King Institute of Preventive Medicine Micro-Biological Section reports 1912-19
Year: 1912
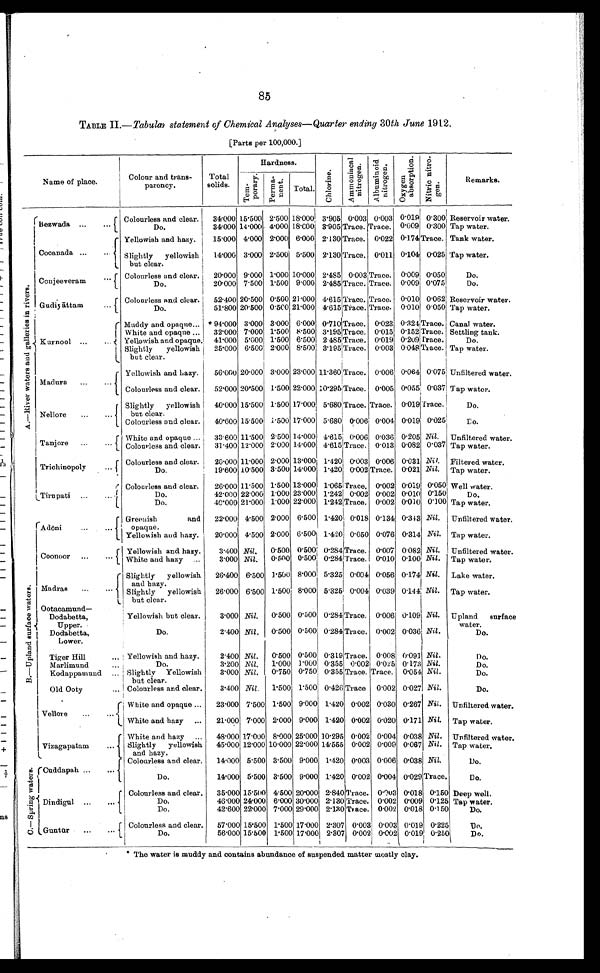
85
TABLE II.— Tabular statement of Chemical Analyses—Quarter ending 30th June 1912.
[Parts per 100,000.]
Name of place.
Colour and trans-
parency.
Total
solids.
Hardness.
C h l o r i n e .
A m m o n i a c a l n i t r o g e n .
A l b u m i n o i d n i t r o g e n .
O x y g e n a b s o r p t i o n .
N i t r i c n i t r o - g e n .
Remarks.
T e m - p o r a r y .
P e r m a - n e n t .
Total.
A . — R i v e r w a t e r s a n d g a l l e r i e s i n r i v e r s .
Bezwada
Colourless and clear.
34.000 15.500 2.500 18.000 3.905 0.003 0.003 0.019 0.300 Reservoir water.
Do.
34.000 14.000 4.000 18.000 3.905 Trace.
T r a c e . 0.009 0.300 Tap water.
Cocanada
Yellowish and hazy.
15.000 4.000 2.000 6.000 2.130 Trace. 0.022 0.174
T r a c e . Tank water.
Slightly yellowish
but clear.
14.000 3.000 2.500 5.500 2.130 Trace. 0.011 0.104 0.025 Tap water.
Conjeeveram
Colourless and clear.
20.000 9.000 1.000 10.000 2.485 0.003
T r a c e . 0.009 0.050
Do.
Do.
20.000 7.500 1.500 9.000 2.485 Trace.
T r a c e . 0.009 0.075
Do.
Gudiyattam
Colourless and clear.
52.400 20.500 0.500 21.000 4.615Trace.
T r a c e . 0.010 0.062 Reservoir water.
Do.
51.800 20.500 0.500 21.000 4.615 Trace.
T r a c e . 0.010 0.050 Tap water.
Kurnool
Muddy and opaque
* 94.000 3.000 3.000 6.000 0.710 Trace. 0.023 0.324
T r a c e . Canal water.
White and opaque
32.000 7.000 1.500 8.500 3.195 Trace. 0.015 0.152 Trace. Settling tank.
Yellowish and opaque. 41.000 5.000 1.500 6.500 2.485 Trace. 0.019 0.209
T r a c e .
Do.
Slightly yellowish
but clear.
25.000 6.500 2.000 8.500 3.195 Trace. 0.003 0.048
T r a c e .
Tap water.
Madura
Yellowish and hazy.
56.000 20.000 3.000 23.000 11.360
T r a c e . 0.006 0.064 0.075 Unfiltered water.
Colourless and clear.
52.000 20.500 1.500 22.000 10.295 Trace. 0.005 0.055 0.037 Tap water.
Nellore
Slightly yellowish
but clear.
40.000 15.500 1.500 17.000 5.680 Trace.
T r a c e . 0.019Trace.
Do.
Colourless and clear.
40.600 15.500 1.500 17.000 5.680 0.006 0.004 0.019 0.025
D o .
Tanjore
White and opaque
33.600 11.500 2.500 14.000 4.615 0.006 0.036 0.205 Nil. Unfiltered water.
Colourless and clear. 31.400 12.000 2.000 14.000 4.615 Trace. 0.013 0.082 0.037 Tap water.
Trichinopoly
Colourless and clear.
20.000 11.000 2.000 13.000 1.420 0.003 0.006 0.031
N i l
. Filtered water.
Do.
19.600 10.500 3.500 14.000 1.420 0.002 Trace. 0.021 Nil . Tap water.
Tirupati
Colourless and clear.
26.000 11.500 1.500 13.000
1 . 0 6 5
Trace. 0.002 0.019 0.050 Well water.
Do.
42.000 22.000 1.000 23.000 1.242 0.002 0.002 0.010 0.150
Do.
Do.
40.000 21.000 1.000 22.000
1 . 2 4 2
Trace. 0.002 0.010 0.100 Tap water.
B . — U p l a n d s u r f a c e w a t e r s .
Adoni
Greenish
and
opaque.
22.000 4.500 2.000 6.500 1.420 0.018 0.134 0.343 Nil . Unfiltered water.
Yellowish and hazy.
20.000 4.500 2.000 6.500 1.420 0.050 0.076 0.314 Nil. Tap water.
Coonoor
Yellowish and hazy.
3.400 Nil. 0.500 0.500 0.284
T r a c e .
0.007
0 . 0 8 2 N i l
. Unfiltered water.
White and hazy
3 . 0 0 0
N i l
.
0 . 5 0 0 0 . 5 0 0
0 . 2 8 4
T r a c e .
0 . 0 1 0
0 . 1 0 0 Nil.
Tap water.
Madras
Slightly yellowish
and hazy.
26.400 6.500 1.500 8.000 5.325 0.004 0.056 0.174 Nil . Lake water.
Slightly yellowish
but clear.
26.000 6.500 1.500 8.000 5.325 0.004 0.039 0.144 Nil . Tap water.
Ootacamund
—
Dodabetta,
Upper.
Dodabetta,
Lower.
Yellowish but clear.
3.000 Nil. 0.500 0.500 0.284 Trace. 0.006 0.109 Nil. Upland surface water.
Do.
2.400 Nil . 0.500 0.500 0.284Trace. 0.002 0.036 Nil .
Do.
Tiger Hill
Yellowish and hazy.
2.400 Nil . 0.500 0.500 0.319 Trace. 0.008 0.091 Nil .
Do.
Marlimund
Do.
3.200 Nil
1.000 1.000 0.355 0.002 0.025 0.173 Nil.
Do.
Kodappamund
Slightly Yellowish
but clear.
3.000 Nil. 0.750 0.750 0.355 Trace. Trace. 0.054 Nil.
Do.
Old Ooty
Colourless and clear.
3.400 Nil. 1.500 1.500 0.426 Trace 0.002 0.027 Nil.
Do.
Vellore
White and opaque
23.000 7.500 1.500 9.000 1.420 0.002 0.030 0.267 Nil. Unfiltered water.
White and hazy
21.000 7.000 2.000 9.000 1.420 0.002 0.020 0.171 Nil. Tap water.
Vizagapatam
White and hazy
48.000 17.000 8.000 25.000 10.295 0.002 0.004 0.038 Nil. Unfiltered water.
Slightly yellowish
and hazy.
45.000 12.000 10.000 22.000 14.555 0.002 0.009 0.067 Nil. Tap water.
C . — S p r i n g w a t e r s . Cuddapah
Colourless and clear.
14.000 5.500 3.500 9.000 1.420 0.003 0.006 0.038 Nil.
Do.
Do.
14.000 5.500 3.500 9.000 1.420 0.002 0.004 0.029 Trace.
Do.
Dindigul
Colourless and clear.
3 5 . 0 0 0
1 5 . 5 0 0
4 . 5 0 0
2 0 . 0 0 02
. 8 4 0 Trace. 0.003
0 . 0 1 8
0 . 1 5 0
Deep well.
Do.
4 6 . 0 0 0
2 4 . 0 0 0
6 . 0 0 0 3 0 . 0 0 0
2 . 1 3 0
T r a c e . 0 . 0 0 2
0 . 0 0 9
0 . 1 2 5
Tap water.
Do.
42.600 22.000 7.000 29.000 2.130 Trace. 0.002 0.018 0.150
Do.
Guntur
Colourless and clear.
57.000 15.500 1.500 17.000 2.307 0.003 0.003 0.019 0.225
Do.
Do.
56.000 15.500 1.500 17.000 2.307 0.002 0.002 0.019 0.250
Do.
* The water is muddy and contains abundance of suspended matter mostly clay.